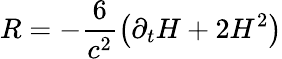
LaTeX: R=-\frac{6}{c^{2}}\left(\partial_{t}H+2H^{2}\right)